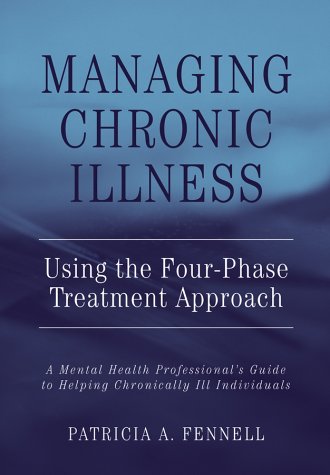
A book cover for Managing Chronic Illness Using the Four-Phase Treatment Approach: A Mental Health Professional's Guide to Helping Chronically Ill People; Patricia A. Fennell; Medical Books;